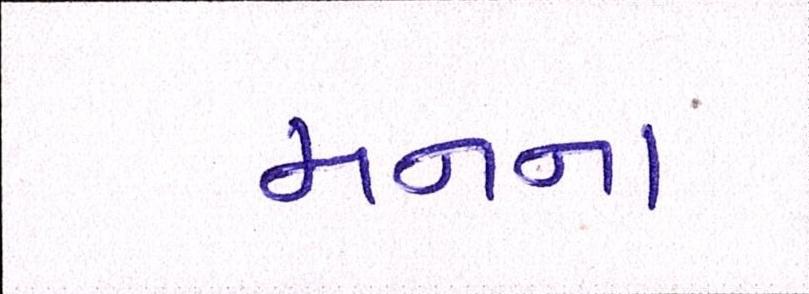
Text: મનના